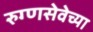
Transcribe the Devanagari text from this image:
रुग्णसेवेच्या